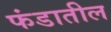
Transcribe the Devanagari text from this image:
फंडातील